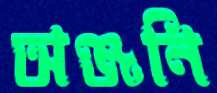
অঞ্জনি